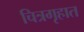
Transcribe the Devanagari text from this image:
चित्रगृहात